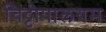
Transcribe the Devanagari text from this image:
चिट्टीपालयम